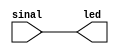
module sensorDePresenca(sinal,led);

input sinal;
output led;
wire led;

assign led=sinal;

endmodule